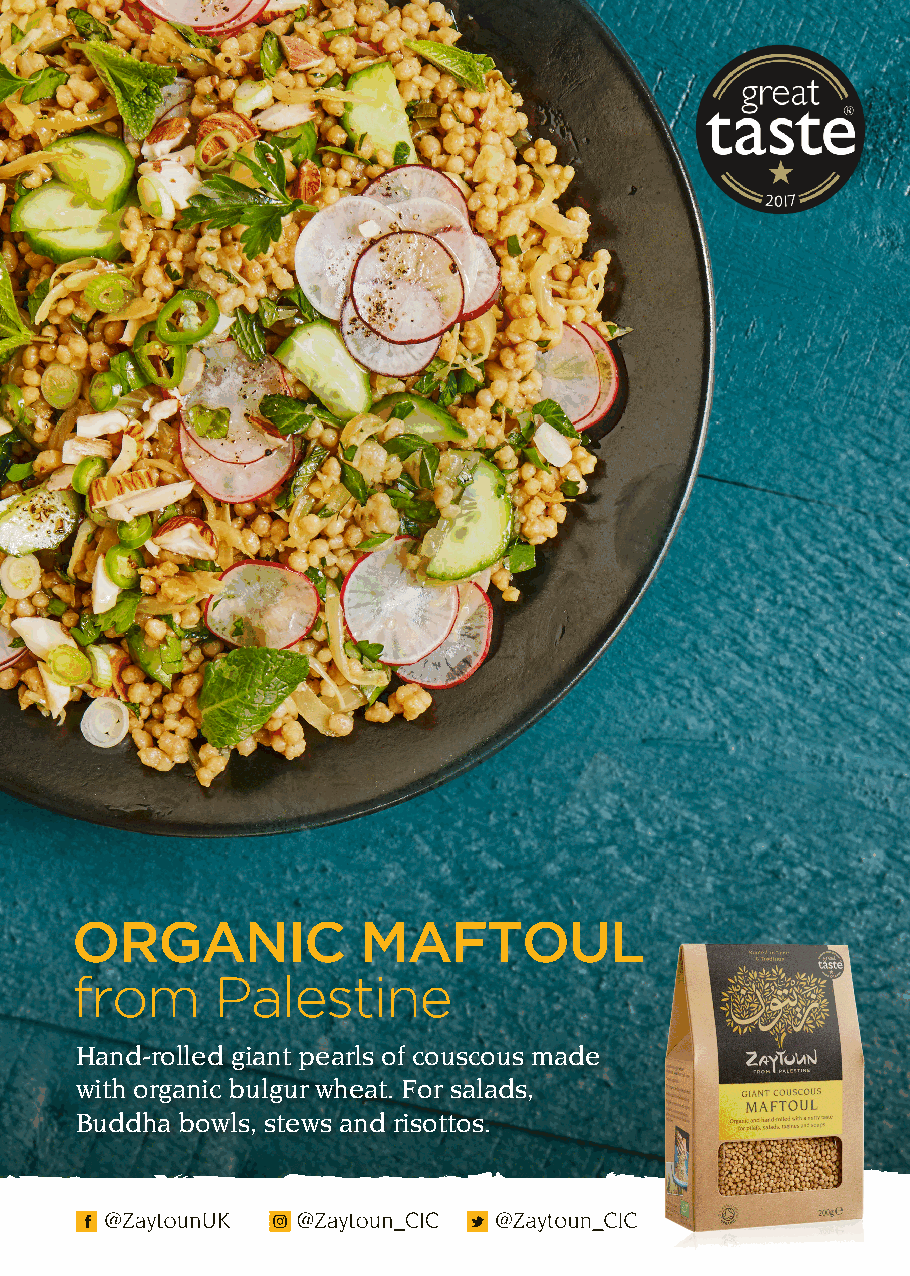
ORGANIC            MAFTOUL
 from     Palestine
 Hand-rolled giant pearls of couscous made
 with organic bulgur wheat. For salads,
 Buddha bowls, stews and risottos.